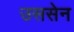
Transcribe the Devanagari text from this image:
उससेन